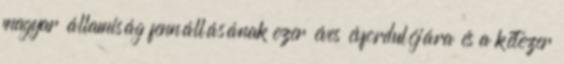
magyar államiság fennállásának ezer éves évfordulójára és a kétezer